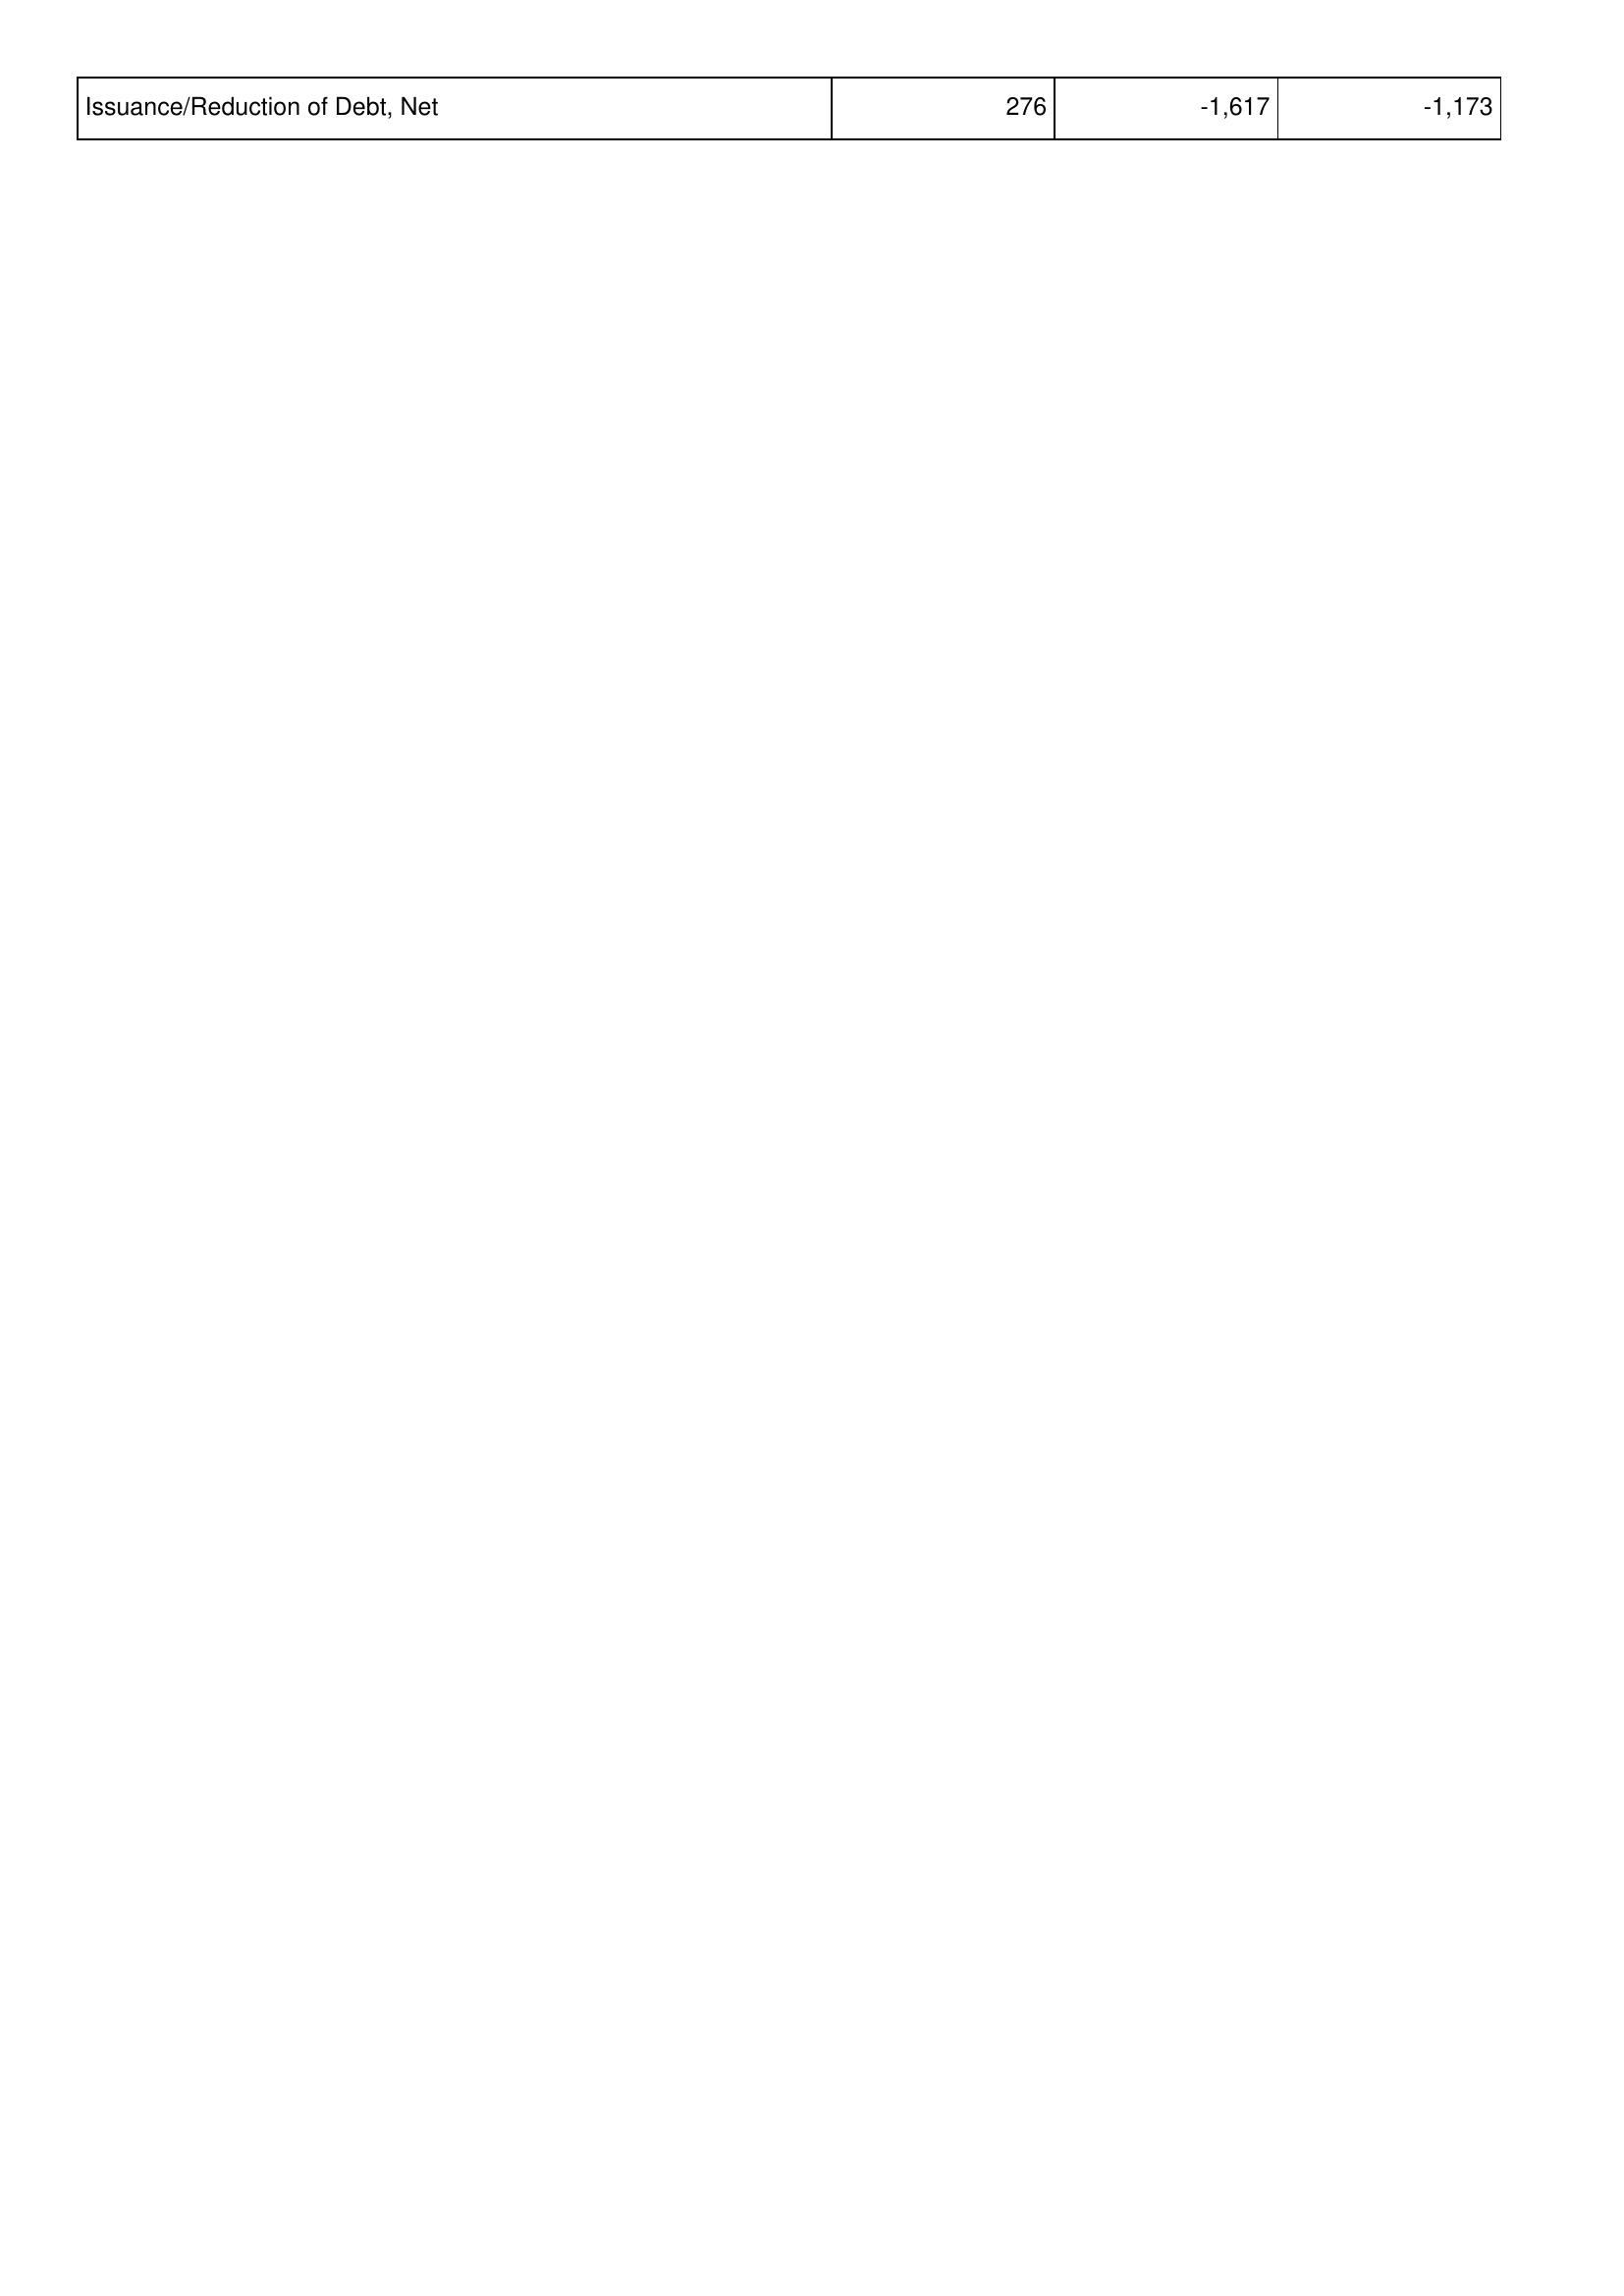
2015: Financing Activities: Issuance/Reduction of Debt, Net: 276
2014: Financing Activities: Issuance/Reduction of Debt, Net: -1,617
2013: Financing Activities: Issuance/Reduction of Debt, Net: -1,173